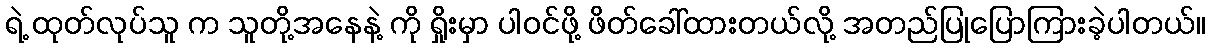
ရဲ့ ထုတ်လုပ်သူ က သူတို့အနေနဲ့ ကို ရှိုးမှာ ပါဝင်ဖို့ ဖိတ်ခေါ်ထားတယ်လို့ အတည်ပြုပြောကြားခဲ့ပါတယ်။